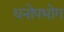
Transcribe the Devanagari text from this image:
धनोपभोग